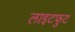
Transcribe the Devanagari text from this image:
लाइटफुट